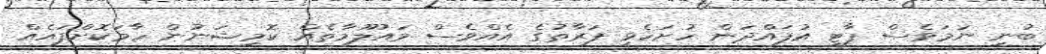
ބުނި ނަމަވެސް ޕާޓީ އުފައްދަން ހުށަހެޅި ފަރާތުގެ އެއްވެސް މައުލޫމާތެއް ކޮމިޝަނުން ހާމަކޮށްފައެއް